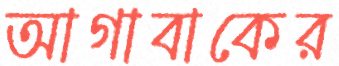
আগাবাকের